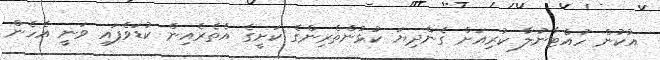
އުކުން ހުއްޓާނުލާ ކުރިއަށް ގެންދިޔަ ކުޅުންތެރިންގެ ކަށީގެ އެތެރެއިން ކުޑަވެފައި ވަނީ އެހެން